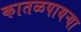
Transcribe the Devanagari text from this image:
कातळपायऱ्या